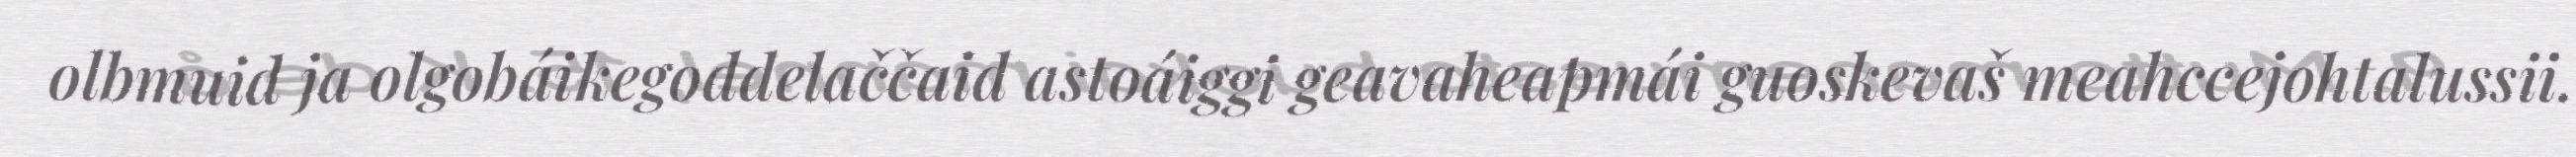
olbmuid ja olgobáikegoddelaččaid astoáiggi geavaheapmái guoskevaš meahccejohtalussii.